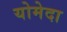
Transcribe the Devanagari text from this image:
योमेदा